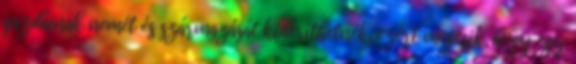
gazdáinak nemét és származását kideríthetnék, ezért megesik, hogy egy